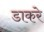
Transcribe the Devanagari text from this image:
डाकरे